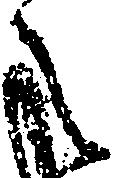
之